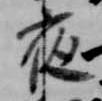
夜